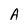
Character: A